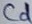
Text: Cd